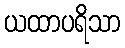
ယထာပရိသာ